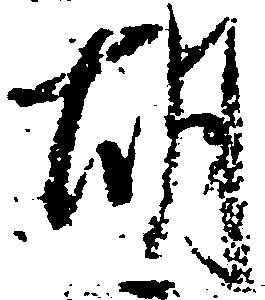
胡